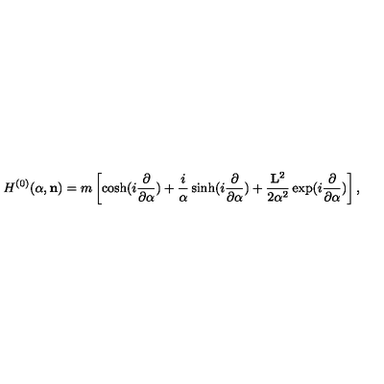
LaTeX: H ^ { ( 0 ) } ( { \alpha } , { \bf n } ) = m \left[ \cosh ( i \frac { \partial } { { \partial } { \alpha } } ) + \frac { i } { { \alpha } } \sinh ( i \frac { \partial } { { \partial } { \alpha } } ) + \frac { { \bf L } ^ { 2 } } { 2 { \alpha } ^ { 2 } } \exp ( i \frac { \partial } { { \partial } { \alpha } } ) \right] ,